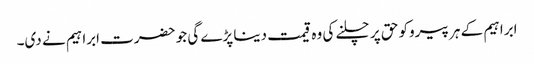
ابراہیم کے ہر پیروکو حق پر چلنے کی وہ قیمت دینا پڑے گی جو حضرت ابراہیم نے دی۔